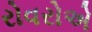
રોવરોએ